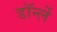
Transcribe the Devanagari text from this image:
डॉर्न्ले